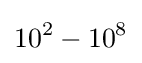
10^{2}-10^{8}